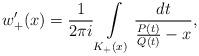
LaTeX: \begin{align*}w'_{+}(x)=\frac{1}{2\pi i}\int\limits_{K_{+}(x)}\frac{dt}{\frac{P(t)}{Q(t)}-x},\end{align*}